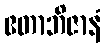
ဧတာဘိဇာနံ